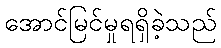
အောင်မြင်မှုရရှိခဲ့သည်